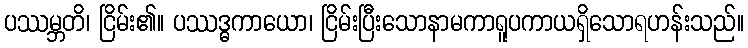
ပဿမ္ဘတိ၊ ငြိမ်း၏။ ပဿဒ္ဓကာယော၊ ငြိမ်းပြီးသောနာမကာရူပကာယရှိသောရဟန်းသည်။